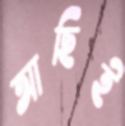
আছিই